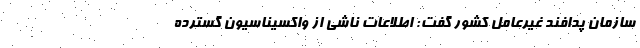
سازمان پدافند غیرعامل کشور گفت: اطلاعات ناشی از واکسیناسیون گسترده